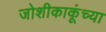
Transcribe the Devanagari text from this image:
जोशीकाकूंच्या